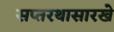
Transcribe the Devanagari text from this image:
सप्तरथासारखे